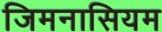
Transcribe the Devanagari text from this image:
जिमनासियम